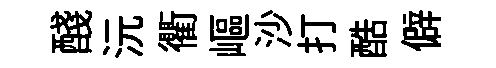
醆沅衢嶇沙打酷僻